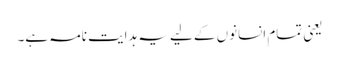
یعنی تمام انسانوں کے لیے یہ ہدایت نامہ ہے۔